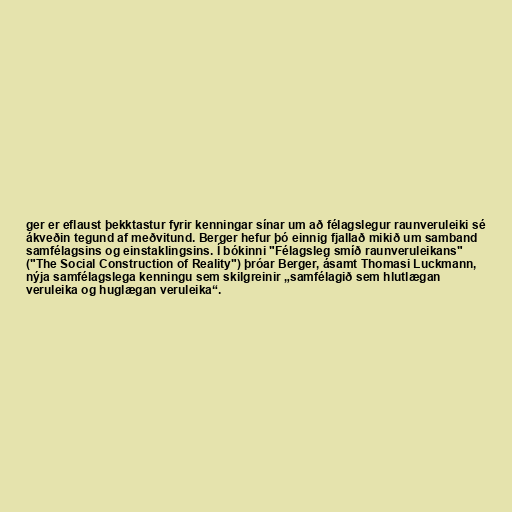
ger er eflaust þekktastur fyrir kenningar sínar um að félagslegur raunveruleiki sé
ákveðin tegund af meðvitund. Berger hefur þó einnig fjallað mikið um samband
samfélagsins og einstaklingsins. Í bókinni "Félagsleg smíð raunveruleikans"
("The Social Construction of Reality") þróar Berger, ásamt Thomasi Luckmann,
nýja samfélagslega kenningu sem skilgreinir „samfélagið sem hlutlægan
veruleika og huglægan veruleika“.